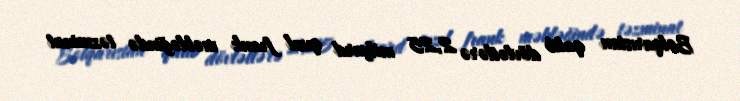
Bolqarıstan qalib dövlətlərə 2,25 milyard qızıl frank məbləğində təzminat